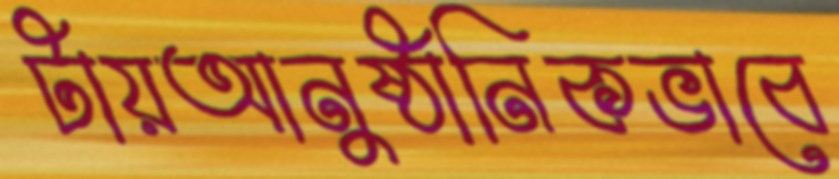
টায়আনুষ্ঠানিকভাবে